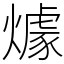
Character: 㷾